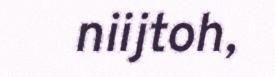
niijtoh,